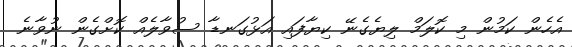
އެހެން ކަމުން މި ކޮލަމް ލިޔެގެނޭ ކިޔާފައި އަޅުގަނޑާ ސުވާލެއް ކޮށްގެން ނުވާނެ